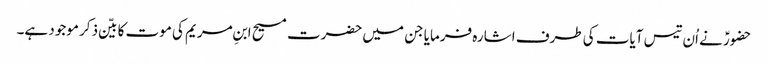
حضورؑ نے اُن تیس آیات کی طرف اشارہ فرمایا جن میں حضرت مسیح ابنِ مریم کی موت کا بیّن ذکر موجود ہے۔